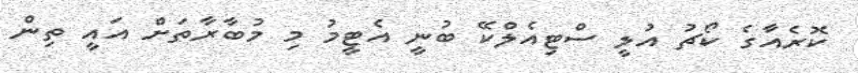
ކޮރެއާގެ ކޯޗު އުލީ ސްޓިއެލްކޭ ބުނީ އެޓީމު މި މުބާރާތަށް އައީ ތިން